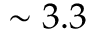
\sim 3 . 3